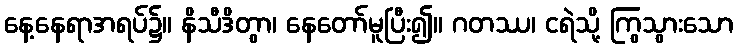
နေ့နေရာအရပ်၌။ နိသီဒိတွာ၊ နေတော်မူပြီး၍။ ဂတဿ၊ ငရဲသို့ ကြွသွားသော